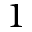
1